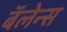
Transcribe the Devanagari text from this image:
बॅलेन्स